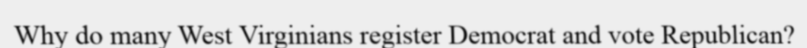
Why do many West Virginians register Democrat and vote Republican?